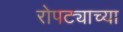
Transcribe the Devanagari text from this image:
रोपट्याच्या